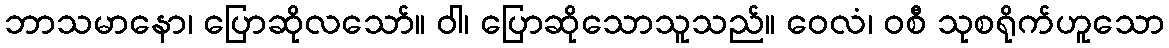
ဘာသမာနော၊ ပြောဆိုလသော်။ ဝါ၊ ပြောဆိုသောသူသည်။ ဝေလံ၊ ဝစီ သုစရိုက်ဟူသော